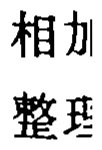
相加
整理